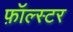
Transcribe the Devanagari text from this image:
फ़ॉल्स्टर